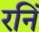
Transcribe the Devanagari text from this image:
रनिं